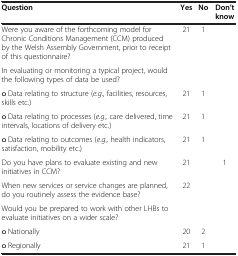
<table><thead><tr><td><b>Question</b></td><td><b>Yes</b></td><td><b>No</b></td><td><b>Don’t know</b></td></tr></thead><tbody><tr><td>Were you aware of the forthcoming model for Chronic Conditions Management (CCM) produced by the Welsh Assembly Government, prior to receipt of this questionnaire?</td><td>21</td><td>1</td><td> </td></tr><tr><td>In evaluating or monitoring a typical project, would the following types of data be used?</td><td> </td><td> </td><td> </td></tr><tr><td>o Data relating to structure (<i>e.g.</i>, facilities, resources, skills etc.)</td><td>21</td><td>1</td><td> </td></tr><tr><td>o Data relating to processes (<i>e.g.,</i> care delivered, time intervals, locations of delivery etc.)</td><td>21</td><td>1</td><td> </td></tr><tr><td>o Data relating to outcomes (<i>e.g.,</i> health indicators, satisfaction, mobility etc.)</td><td>21</td><td>1</td><td> </td></tr><tr><td>Do you have plans to evaluate existing and new initiatives in CCM?</td><td>21</td><td> </td><td>1</td></tr><tr><td>When new services or service changes are planned, do you routinely assess the evidence base?</td><td>22</td><td> </td><td> </td></tr><tr><td>Would you be prepared to work with other LHBs to evaluate initiatives on a wider scale?</td><td> </td><td> </td><td> </td></tr><tr><td>o Nationally</td><td>20</td><td>2</td><td> </td></tr><tr><td>o Regionally</td><td>21</td><td>1</td><td> </td></tr></tbody></table>